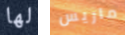
لها ماريس